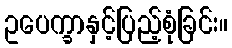
ဥပေက္ခာနှင့်ပြည့်စုံခြင်း။